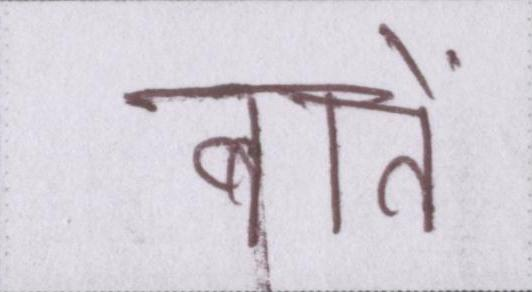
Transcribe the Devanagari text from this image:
बातें